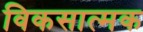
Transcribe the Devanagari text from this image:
विकसात्मक